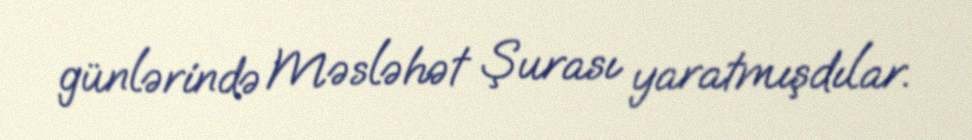
günlərində Məsləhət Şurası yaratmışdılar.